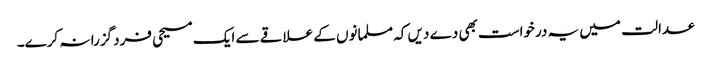
عدالت میں یہ درخواست بھی دے دیں کہ مسلمانوں کے علاقے سے ایک مسیحی فرد گزرا نہ کرے۔